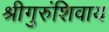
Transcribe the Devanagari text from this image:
श्रीगुरुंशिवाय